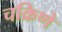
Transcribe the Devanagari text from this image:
चक्रिणे